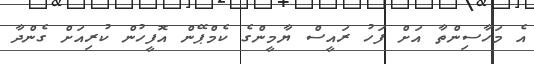
އެ މަހާސިންތާ އަށް ފަހު ރައީސް ޔާމީންގެ ކެމްޕޭން އޮފީހުން ކުރިއަށް ގެންދާ